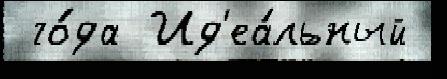
 го́да Ид'еа́льный